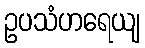
ဥပသံဟရေယျ